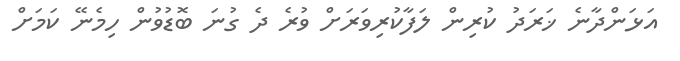
އަޅަންދާނެ ޚަރަދު ކުރިން ލަފާކުރިވަރަށް ވުރެ ދެ ގުނަ ބޮޑުވުން ހިމެނޭ ކަމަށް